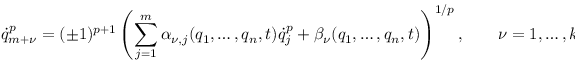
{ \dot { q } } _ { m + \nu } ^ { p } = ( \pm 1 ) ^ { p + 1 } \left( \sum _ { j = 1 } ^ { m } \alpha _ { \nu , j } ( q _ { 1 } , \dots , q _ { n } , t ) { \dot { q } } _ { j } ^ { p } + \beta _ { \nu } ( q _ { 1 } , \dots , q _ { n } , t ) \right) ^ { 1 / p } , \qquad \nu = 1 , \dots , k